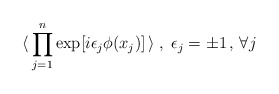
\begin{align*}\langle \,\prod_{j = 1}^n \exp [ i \epsilon_j \phi (x_j) ] \,\rangle \;,\; \epsilon_j = \pm 1 \, , \, \forall j \,\end{align*}